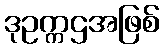
ဒုဥက္ကဌအဖြစ်